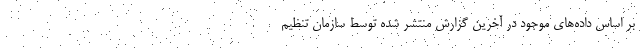
بر اساس داده‌های موجود در آخرین گزارش منتشر شده توسط سازمان تنظیم